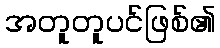
အတူတူပင်ဖြစ်၏